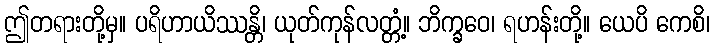
ဤတရားတို့မှ။ ပရိဟာယိဿန္တိ၊ ယုတ်ကုန်လတ္တံ့။ ဘိက္ခဝေ၊ ရဟန်းတို့။ ယေပိ ကေစိ၊